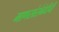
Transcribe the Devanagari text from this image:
माणसांसंबंधीची